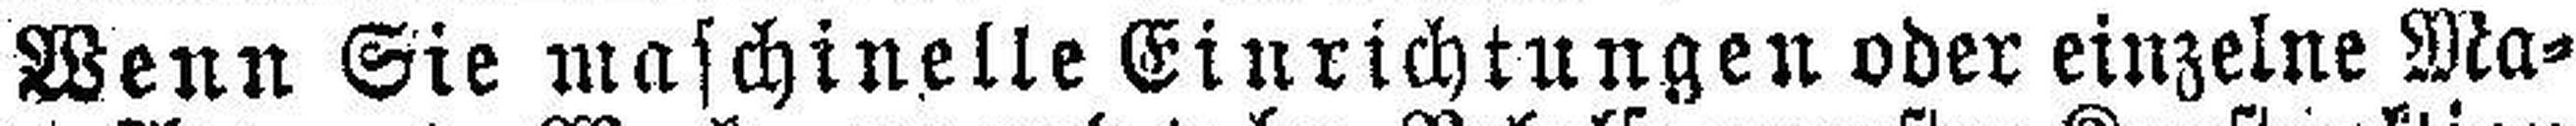
Wenn Sie maschinelle Einrichtungen oder einzelne Ma¬